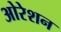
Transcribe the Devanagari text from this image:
ओरेशन